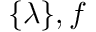
\{ \lambda \} , f